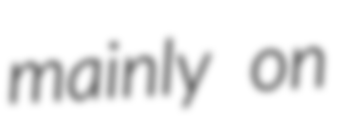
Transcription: mainly on